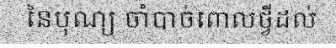
នៃបុណ្យ ចាំបាច់ពោលថ្វីដល់